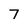
Character: 7